Leningradi_Edasi_toimetus, lk 48
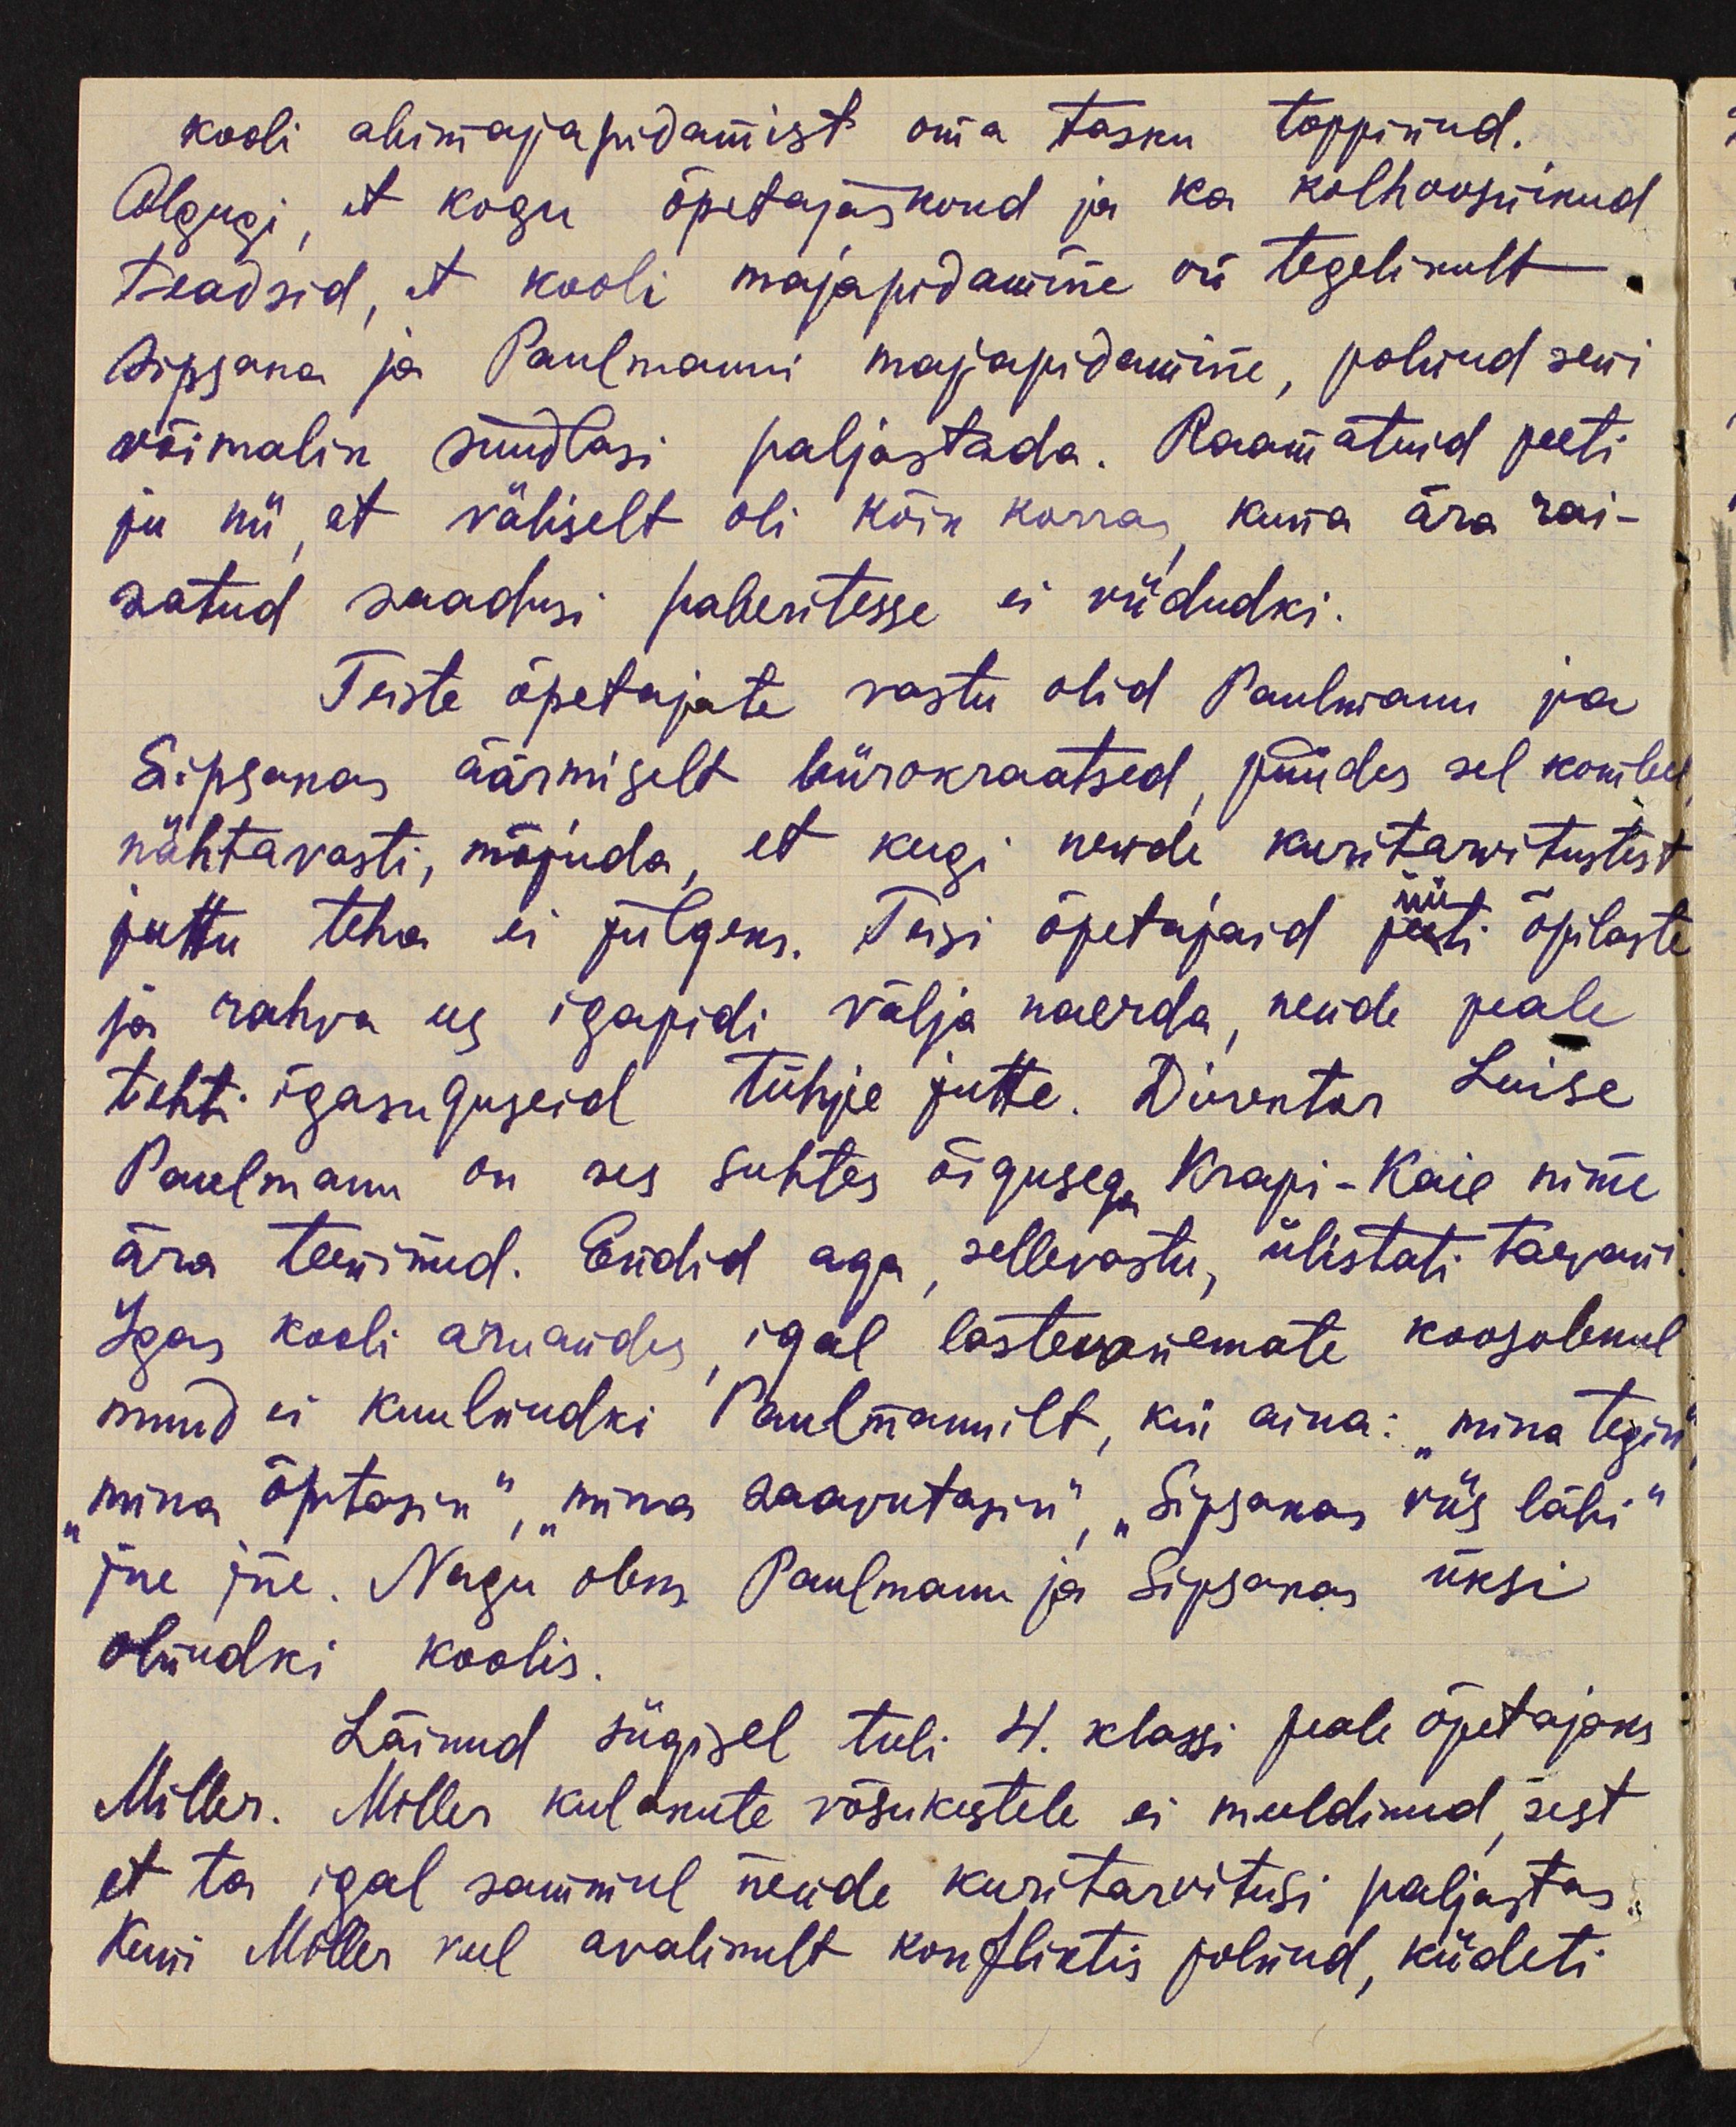
kooli abimajapidamist oma tasku toppinud.
Olgugi et kogu õpetajaskond ja ka kolhoosnikud
teadsid, et kooli majapidamine on tegelikult
Sipsaka ja Paulmanni majapidamine, polnud seni
võimalik süüdlasi paljastada. Raamatuid peeti
ju nii, et väliselt oli kõik korras, kuna ära rai-
satud saadusi paberitesse ei viidudki.
Teiste õpetajate vastu olid Paulmann ja
Sipsakas äärmiselt bürokraatsed, püüdes sel kombel
nähtavasti, mõjuda, et keegi nende kuritarvitustest
juttu teha ei julgeks. Teisi õpetajaid peeti õpilaste
üü
ja rahva ees igapidi välja naerda, nende peale
tehti igasuguseid tühje jutte. Direktor Luise
Paulmann on ses suhtes õigusega Krapi-Kaie nime
ära teeninud. Endid aga, sellevastu, ülistati taevani.
Igas kooli aruandes igal lastevanemate koosolekul
muud ei kuulnudki Paulmannilt, kui aina: "mina tegin,"
"mina õpetasin", "mina saavutasin". "Sipsakas viis läbi"
jne jne. Nagu oleks Paulmann ja Sipsakas üksi
olnudki koolis.
Läinud sügisel tuli 4. klassi peale õpetajaks
Miller. Miller kulakute võsukestele ei meeldinud, sest
et ta igal sammul nende kuritarvitusi paljastas.
Kuni Miller veel avalikult konfliktis polnud, kiideti